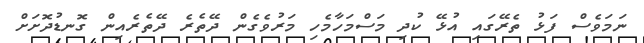
ނަމަވެސް ފަޅު ތެރޭގައި އުޅޭ ކުދި މަސްމަހާމެހި މަރުވެގެން ދޭތެރެ ދޭތެރެއިން ގޮނޑުދޮށަށް